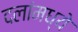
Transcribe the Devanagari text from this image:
दलांमध्ये